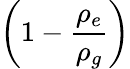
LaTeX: \left(1-{\frac{\rho_{e}}{\rho_{g}}}\right)